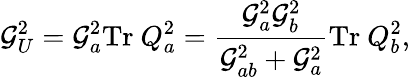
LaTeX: \mathcal{G}_{U}^{2}=\mathcal{G}_{a}^{2}\mathrm{{Tr}}~Q_{a}^{2}={\frac{{\mathcal{G}_{a}^{2}\mathcal{G}_{b}^{2}}}{{\mathcal{G}_{ab}^{2}+\mathcal{G}_{a}^{2}}}}\mathrm{{Tr}}~Q_{b}^{2},